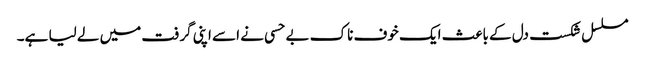
مسلسل شکست دل کے باعث ایک خوف ناک بے حسی نے اسے اپنی گرفت میں لے لیا ہے۔